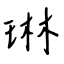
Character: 琳